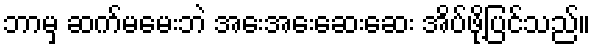
ဘာမှ ဆက်မမေးဘဲ အေးအေးဆေးဆေး အိပ်ဖို့ပြင်သည်။